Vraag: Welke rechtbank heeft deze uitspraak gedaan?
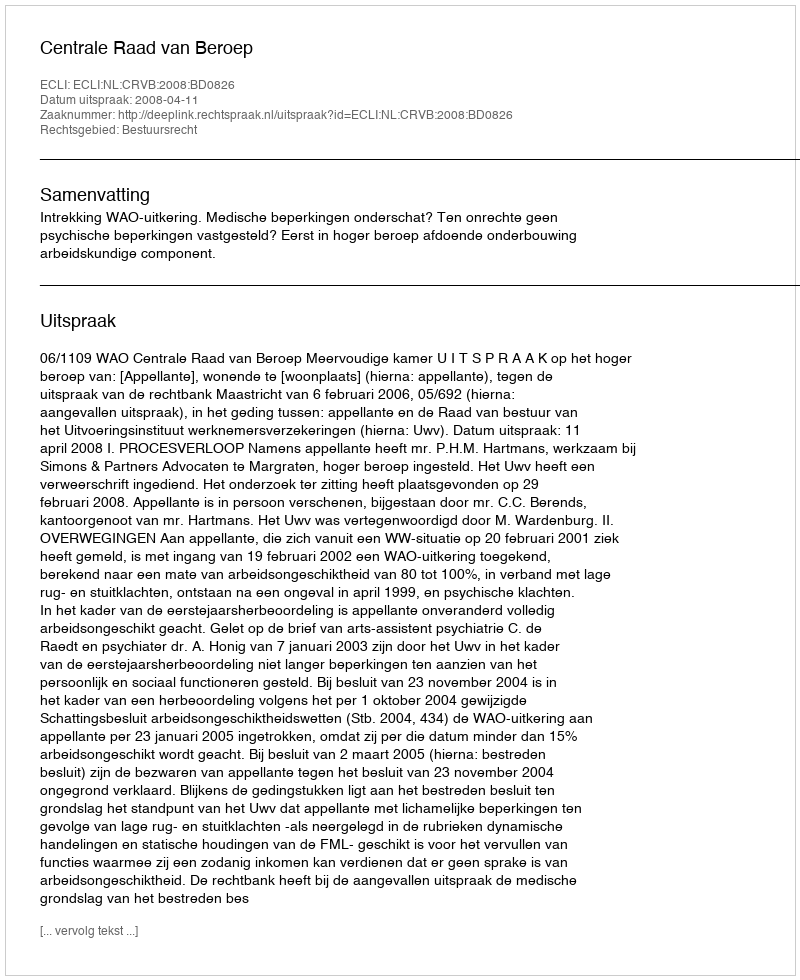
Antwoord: Centrale Raad van Beroep